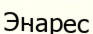
Энарес